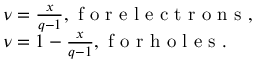
\begin{array} { l } { \nu = \frac { x } { q - 1 } , \mathrm { ~ f ~ o ~ r ~ e ~ l ~ e ~ c ~ t ~ r ~ o ~ n ~ s ~ } , } \\ { \nu = 1 - \frac { x } { q - 1 } , \mathrm { ~ f ~ o ~ r ~ h ~ o ~ l ~ e ~ s ~ } . } \end{array}